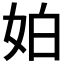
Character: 𡛳